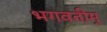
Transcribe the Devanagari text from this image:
भगवतीम्